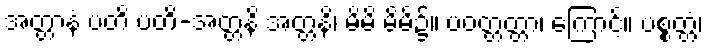
အတ္တာနံ ပတိ ပတိ-အတ္တနိ အတ္တနိ၊ မိမိ မိမိ၌။ ပဝတ္တတ္တာ၊ ကြောင့်။ ပစ္စတ္တံ၊